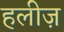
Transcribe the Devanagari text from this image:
हलीज़